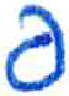
אות: פ